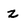
Character: z